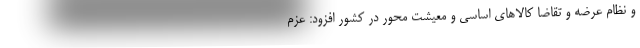
و نظام عرضه و تقاضا کالاهای اساسی و معیشت محور در کشور افزود: عزم